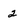
Character: 2